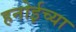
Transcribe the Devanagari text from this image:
हनोईच्या